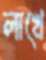
লাখে